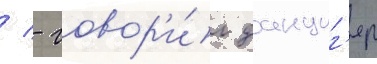
/ - говор'и́л данциг'ер